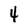
Character: 4